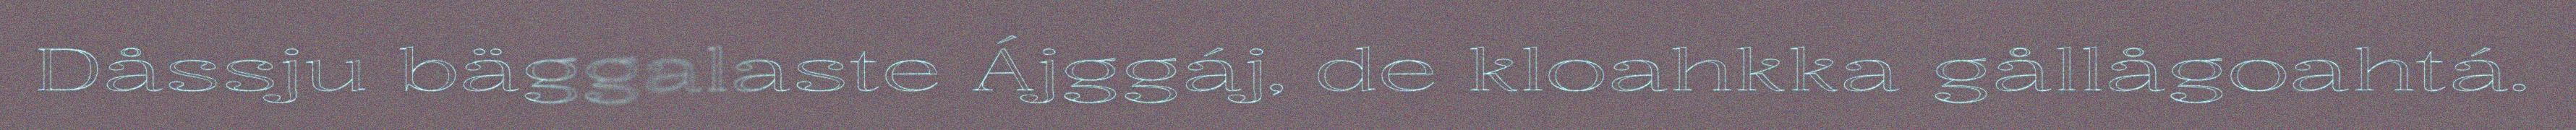
Dåssju bäggalaste Ájggáj, de kloahkka gållågoahtá.